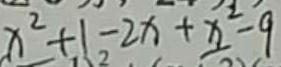
x ^ { 2 } + 1 - 2 x + x ^ { 2 } - 9